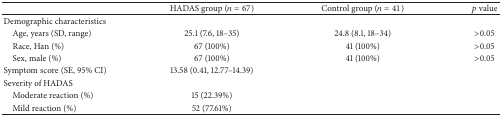
|  | HADAS group (n = 67) | Control group (n = 41) | p value |
 | --- | --- | --- | --- |
 | Demographic characteristics |  |  |  |
 | Age, years (SD, range) | 25.1 (7.6, 18–35) | 24.8 (8.1, 18–34) | >0.05 |
 | Race, Han (%) | 67 (100%) | 41 (100%) | >0.05 |
 | Sex, male (%) | 67 (100%) | 41 (100%) | >0.05 |
 | Symptom score (SE, 95% CI) | 13.58 (0.41, 12.77–14.39) |  |  |
 | Severity of HADAS |  |  |  |
 | Moderate reaction (%) | 15 (22.39%) |  |  |
 | Mild reaction (%) | 52 (77.61%) |  |  |